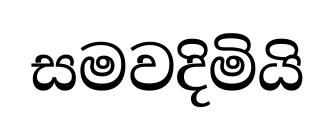
සමවදිමියි